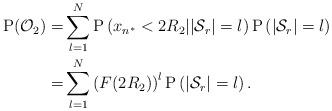
LaTeX: \begin{align*}\mathrm{P}(\mathcal{O}_{2}) =& \sum^{N}_{l=1}\mathrm{P}\left(x_{n^*}<2R_2 ||\mathcal{S}_r|=l\right)\mathrm{P}\left( |\mathcal{S}_r|=l\right)\\ =& \sum^{N}_{l=1}\left(F(2R_2)\right)^l\mathrm{P}\left( |\mathcal{S}_r|=l\right).\end{align*}